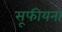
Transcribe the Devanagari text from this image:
सूफीयना